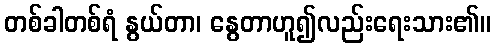
တစ်ခါတစ်ရံ နွယ်တာ၊ နွေတာဟူ၍လည်းရေးသား၏။